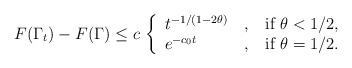
\begin{align*} F(\Gamma_t)-F(\Gamma)\le c\, \left\{\begin{array}{l@{\quad, \quad}l} t^{-1/(1-2\theta)} & \mbox{if }\theta<1/2, \\ e^{-c_0 t} & \mbox{if }\theta=1/2. \end{array}\right.\end{align*}